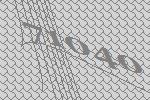
71040